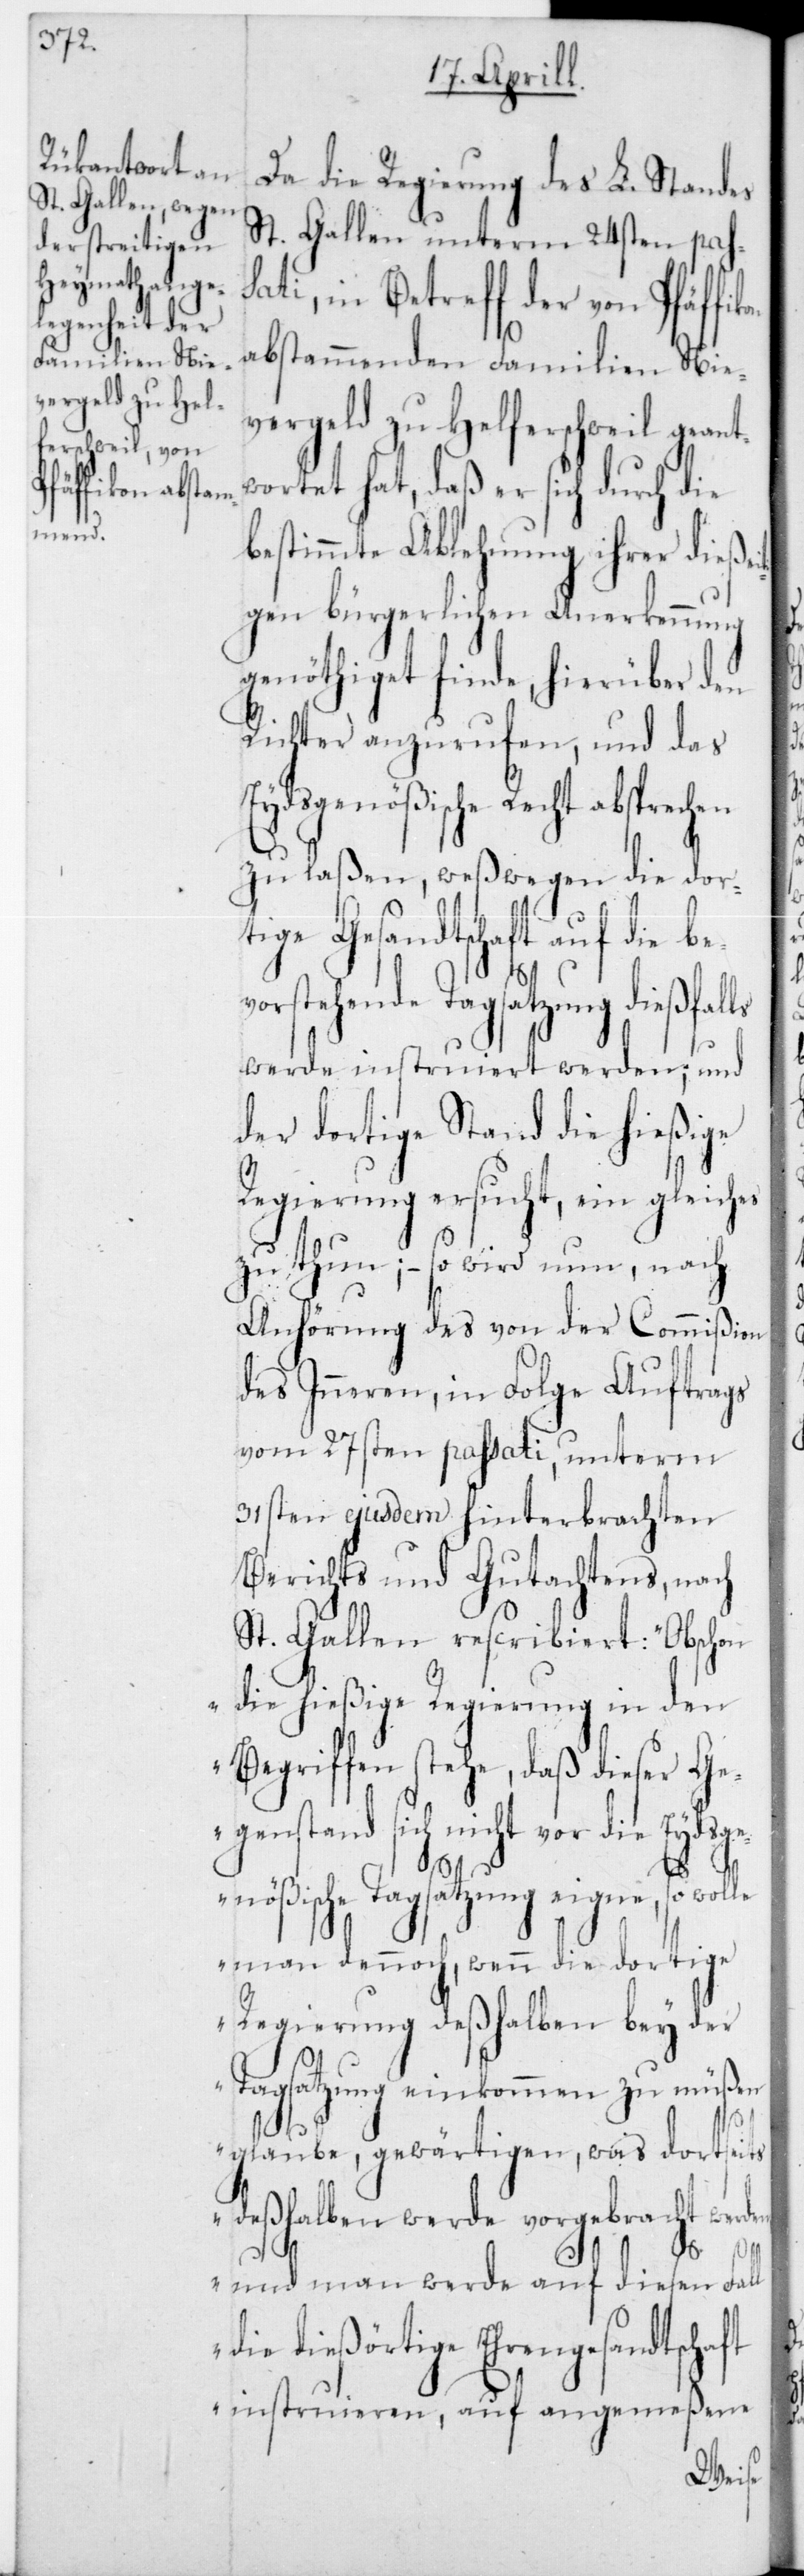
Da die Regierung des L. Standes
St. Gallen unterm 24sten pass¬
ati, in Betreff der von Pfäffi¬
abstammenden Familien Nie¬
vergeld zu Helferschweil geant¬
wortet hat, daß er sich durch die
bestimmte Ablehnung ihrer dieße¬
gen bürgerlichen Anerkennung
genöthiget finde, hierüber den
Richter anzurufen, und das
Eydsgenößische Recht absprechen
zu laßen, weßwegen die dor¬
tige Gesandtschaft auf die be¬
orstehende Tagsatzung dießfal¬
werde instruiert werden; und
der dortige Stand die hießige
Regierung ersucht, ein gleiches
zu thun; – so wird nun, nach
Anhörung des von der Commißion
des Inneren, in Folge Auftrags
vom 27sten passati, unterm
31sten ejusdem hinterbrachten
Berichts und Gutachtens, nach
St. Gallen rescribiert: „Obschon
die hießige Regierung in den
Begriffen stehe, daß dieser Ge¬
genstand sich nicht vor die Eydsge¬
ft
nößische Tagsatzung eigne, so wol¬
man dennoch, wenn die dortige
Regierung deßhalben bey der
Tagsatzung einkommen zu müßen
glaube, gewärtigen, was dortseit¬
s deßhalben werde vorgebracht werde¬
n, und man werde auf diesen Fall
die dießörtige Ehrengesandtscha¬
instruieren, auf angemeßene